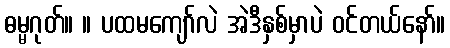
ဓမ္မဂုတ်။ ။ ပထမကျော်လဲ အဲဒီနှစ်မှာပဲ ဝင်တယ်နော်။